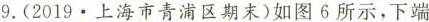
9.(2019·上海市青浦区期末)如图6所示，下端